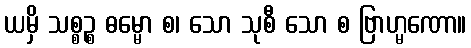
ယမှိ သစ္စဉ္စ ဓမ္မော စ၊ သော သုစီ သော စ ဗြာဟ္မဏော။